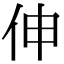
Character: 伸